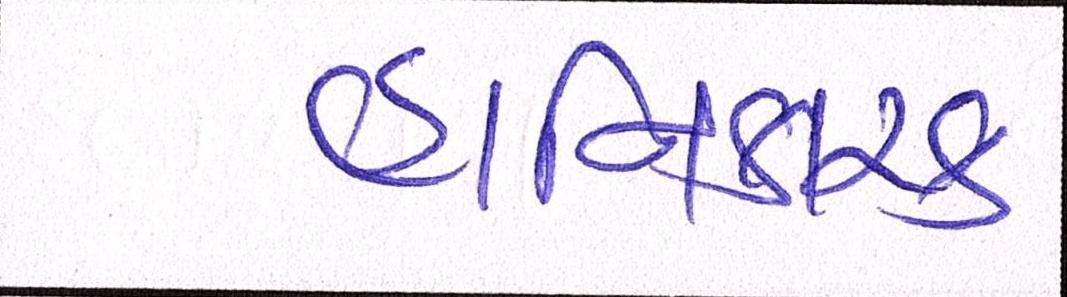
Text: હાનિકારક